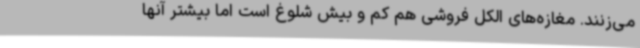
می‌زنند. مغازه‌های الکل فروشی هم کم و بیش شلوغ است اما بیشتر آنها